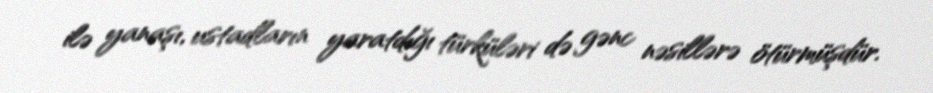
ilə yanaşı, ustadların yaratdığı türküləri də gənc nəsillərə ötürmüşdür.